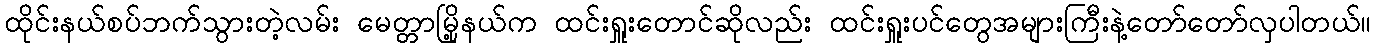
ထိုင်းနယ်စပ်ဘက်သွားတဲ့လမ်း မေတ္တာမြို့နယ်က ထင်းရှူးတောင်ဆိုလည်း ထင်းရှူးပင်တွေအများကြီးနဲ့တော်တော်လှပါတယ်။